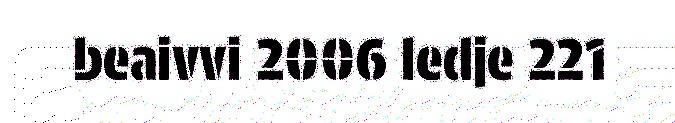
beaivvi 2006 ledje 221